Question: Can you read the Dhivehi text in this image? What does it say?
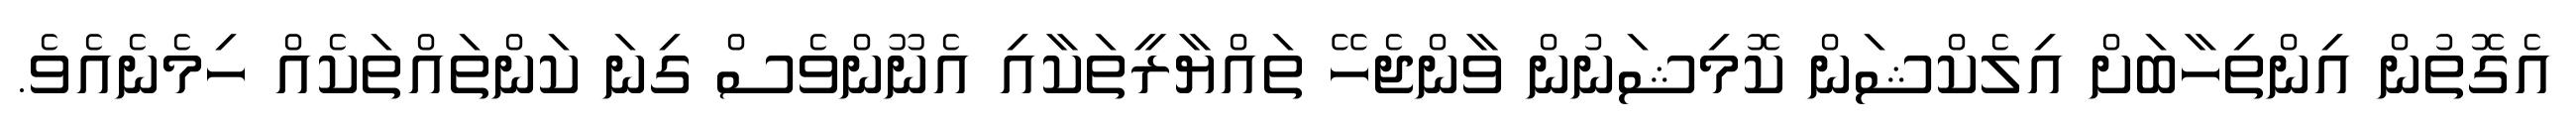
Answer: އެގޮތުން އިންތިހާބަށް އިލެކްޝަން ކޮމިޝަނުން ވާންޖެހޭ ތައްޔާރީތަކާއި އެނޫންވެސް ގިނަ ކަންތައްތަކެއް ހިމެނެއެވެ.